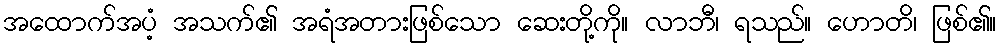
အထောက်အပံ့ အသက်၏ အရံအတားဖြစ်သော ဆေးတို့ကို။ လာဘီ၊ ရသည်။ ဟောတိ၊ ဖြစ်၏။